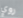
روي